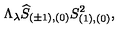
\Lambda _ { \lambda } \widehat { S } _ { ( \pm 1 ) , ( 0 ) } S _ { ( 1 ) , ( 0 ) } ^ { 2 } ,